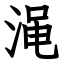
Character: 渑